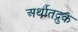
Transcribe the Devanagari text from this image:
अर्थातद्रुक